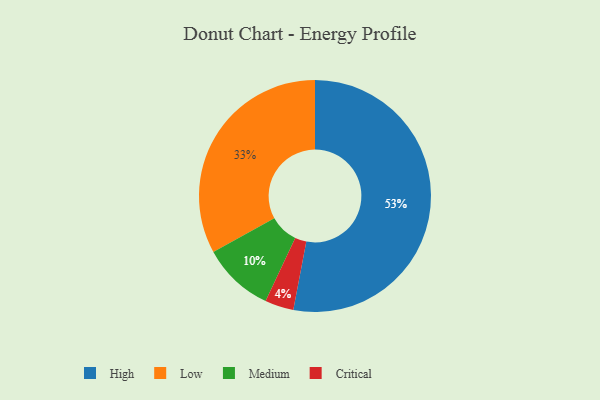
{"axis": {"x": "Category", "y": "Percentage"}, "legend": ["Critical", "High", "Low", "Medium"], "data": [{"x": "High", "y": 53, "type": "High"}, {"x": "Medium", "y": 10, "type": "Medium"}, {"x": "Low", "y": 33, "type": "Low"}, {"x": "Critical", "y": 4, "type": "Critical"}]}